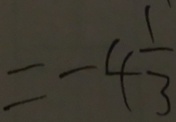
= - 4 \frac { 1 } { 3 }